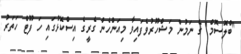
"ބްލޮސޮމް" ގެ ނަމުން މަޝްހޫރުވެފައިވާ މިއަންހެން ގެރީގެ އިސްކޮޅުގައި ހަ ފޫޓް ހަތަރު